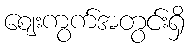
ဈေးကွက်အတွင်းရှိ